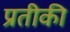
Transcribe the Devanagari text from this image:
प्रतीकी